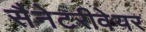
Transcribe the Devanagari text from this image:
सैनेटरीवेयर